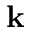
\mathbf { k }